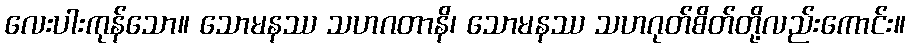
လေးပါးကုန်သော။ သောမနဿ သဟဂတာနိ၊ သောမနဿ သဟဂုတ်စိတ်တို့လည်းကောင်း။